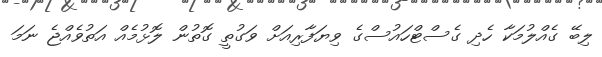
ލިބޭ ގެއްލުމަކާ ހެދި ގެސްޓްހައުސްގެ ވިޔަފާރިއަށް ވަގުތީ ގޮތުން ލޮޅުމެއް އަތުވެއްޖެ ނަމަ